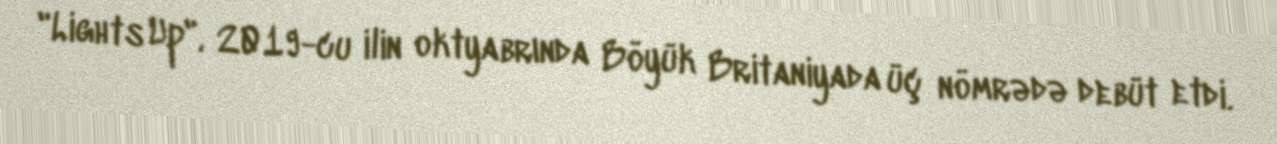
"Lights Up", 2019-cu ilin oktyabrında Böyük Britaniyada üç nömrədə debüt etdi.